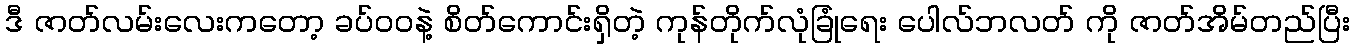
ဒီ ဇာတ်လမ်းလေးကတော့ ခပ်ဝဝနဲ့ စိတ်ကောင်းရှိတဲ့ ကုန်တိုက်လုံခြုံရေး ပေါလ်ဘလတ် ကို ဇာတ်အိမ်တည်ပြီး